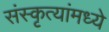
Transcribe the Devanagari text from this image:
संस्कृत्यांमध्ये